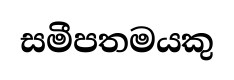
සමීපතමයකු